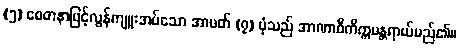
(၅) စေတနာဖြင့်လွန်ကျူးအပ်သော အာပတ် (၇) ပုံသည် အာဏာဝီကိက္ကမန္တရာယ်မည်၏။